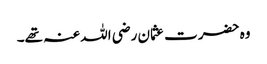
وہ حضرت عثمان رضی اللہ عنہ تھے۔